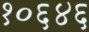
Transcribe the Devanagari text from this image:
१०६४६